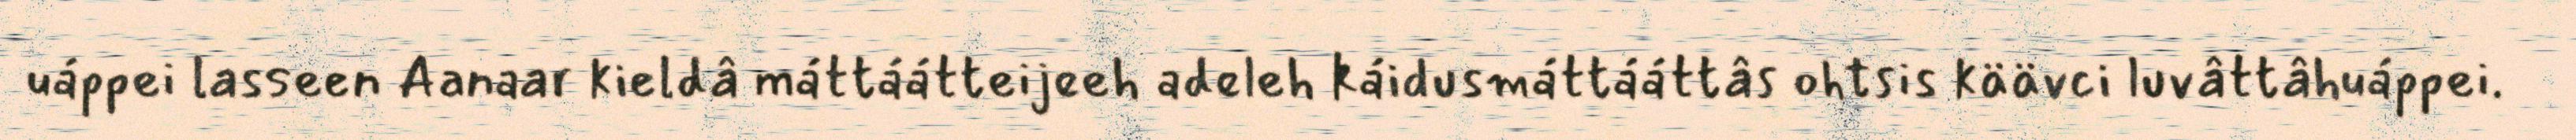
uáppei lasseen Aanaar kieldâ máttáátteijeeh adeleh káidusmáttááttâs ohtsis käävci luvâttâhuáppei.